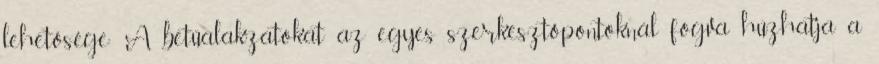
lehetősége: A betűalakzatokat az egyes szerkesztőpontoknál fogva húzhatja a